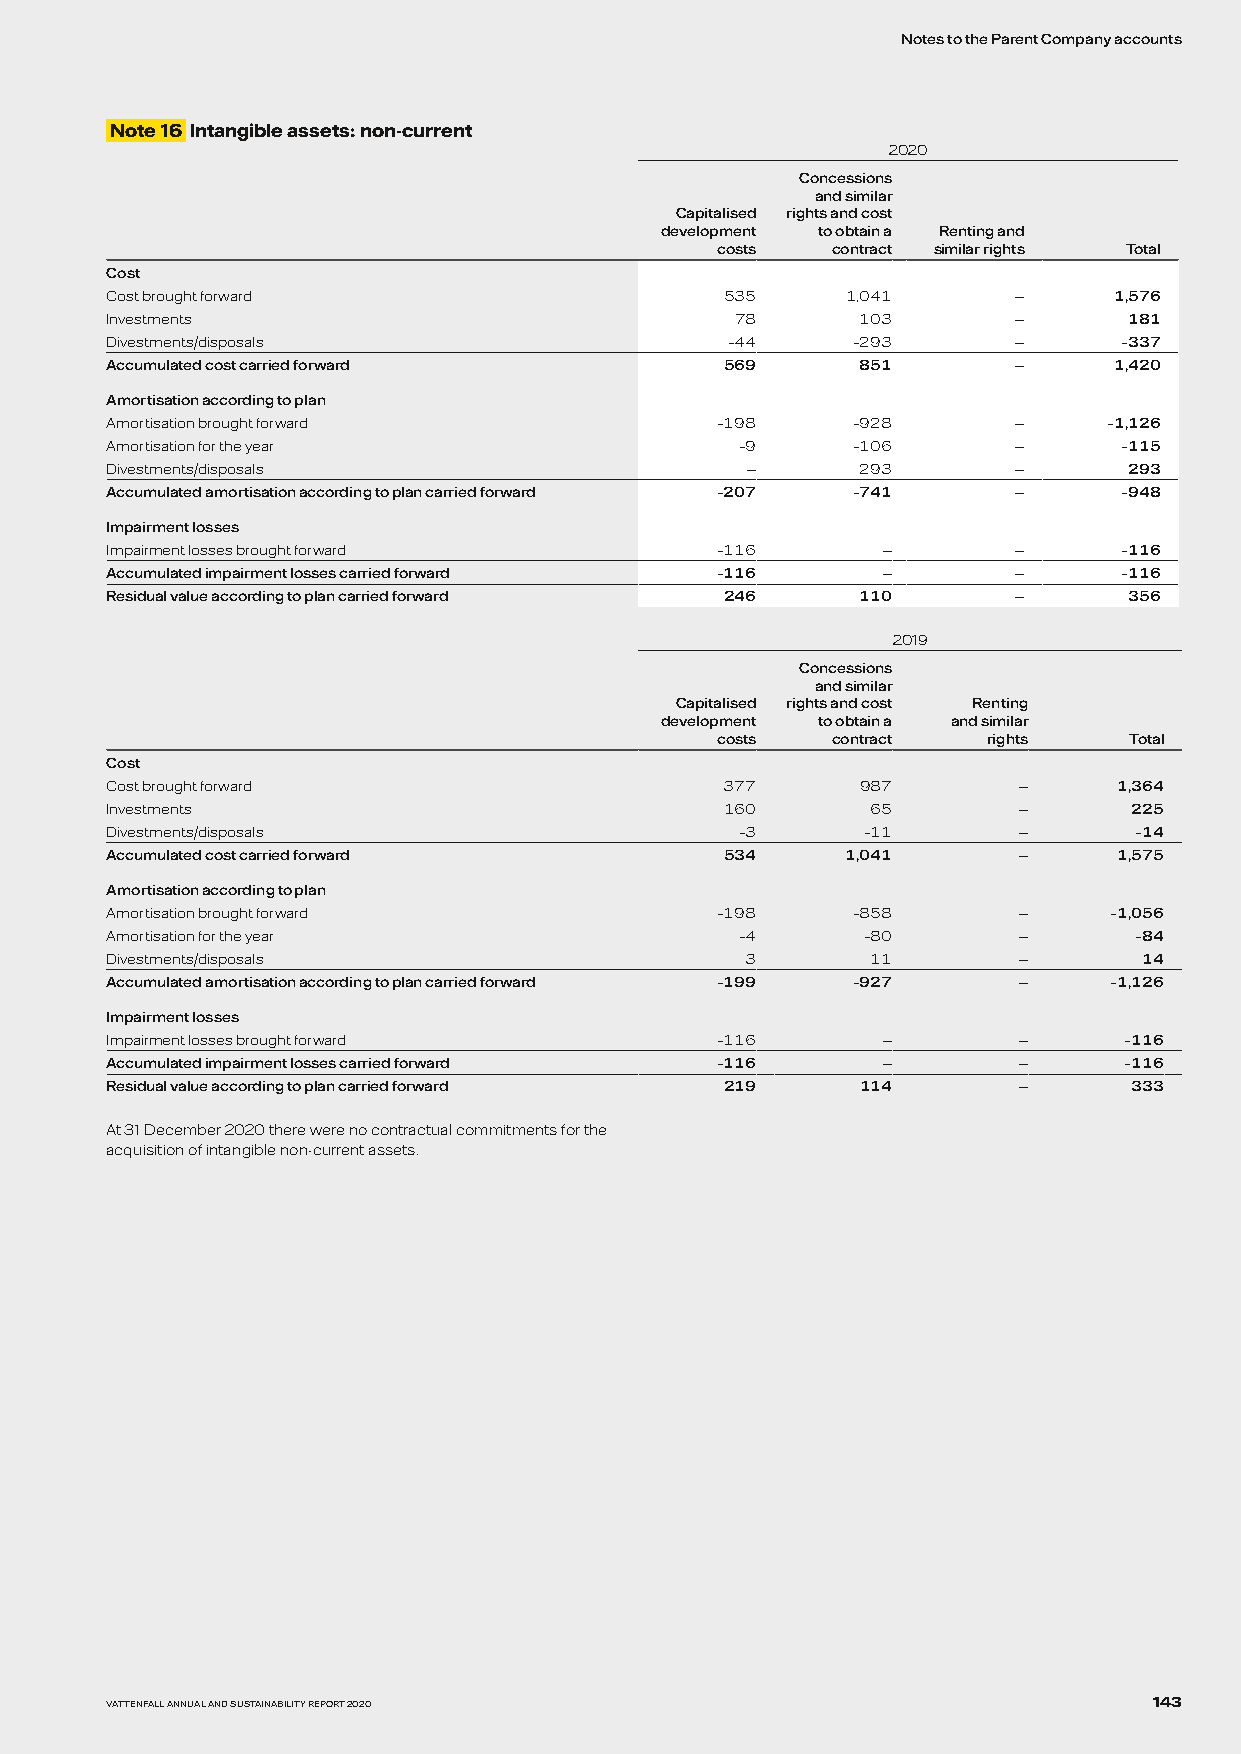
Notes to the Parent Company accounts
 Note 16 Intangible assets: non-current
 2020
 Concessions
 and similar
 Capitalised rights and cost
 development to obtain a Renting and
 costs   contract similar rights Total
 Cost
 Cost brought forward                     535     1,041      —      1,576
 Investments                               78      103       —       181
 Divestments/disposals                    –44     –293       —      –337
 Accumulated cost carried forward         569      851       —      1,420
 Amortisation according to plan
 Amortisation brought forward            –198     –928       —     –1,126
 Amortisation for the year                 –9     –106       —      –115
 Divestments/disposals                     —       293       —       293
 Accumulated amortisation according to plan carried forward –207 –741 — –948
 Impairment losses
 Impairment losses brought forward       –116       —        —      –116
 Accumulated impairment losses carried forward –116 —        —      –116
 Residual value according to plan carried forward 246 110    —       356
 2019
 Concessions
 and similar
 Capitalised rights and cost Renting
 development to obtain a and similar
 costs   contract  rights    Total
 Cost
 Cost brought forward                     377      987       —      1,364
 Investments                              160       65       —       225
 Divestments/disposals                     –3      –11       —       –14
 Accumulated cost carried forward         534     1,041      —      1,575
 Amortisation according to plan
 Amortisation brought forward            –198     –858       —     –1,056
 Amortisation for the year                 –4      –80       —       –84
 Divestments/disposals                     3        11       —        14
 Accumulated amortisation according to plan carried forward –199 –927 — –1,126
 Impairment losses
 Impairment losses brought forward       –116       —        —      –116
 Accumulated impairment losses carried forward –116 —        —      –116
 Residual value according to plan carried forward 219 114    —       333
 At 31 December 2020 there were no contractual commitments for the
 acquisition of intangible non-current assets.
 VATTENFALL ANNUAL AND SUSTAINABILITY REPORT 2020                     143